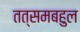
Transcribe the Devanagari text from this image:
तत्समबहुल